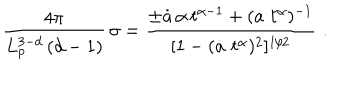
\frac { 4 \pi } { L _ { p } ^ { 3 - d } \, ( d - 1 ) } \, \sigma = \frac { \pm \dot { a } \, \alpha \, t ^ { \alpha - 1 } + ( a \, \, t ^ { \alpha } ) ^ { - 1 } } { [ 1 - ( \dot { a } \, \, t ^ { \alpha } ) ^ { 2 } ] ^ { 1 / 2 } } \, \, .